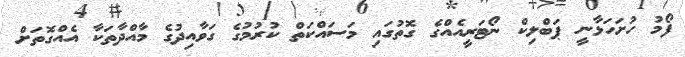
ފޯމު ހުށަހަޅާނީ ޕަބްލިކް ނޯޓަރީއެއްގެ ގޮތުގައި މަސައްކަތް ކުރުމުގެ ގަވާއިދުގެ މާއްދާތަކާ އެއްގޮތަށް